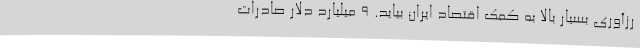
رزآوری بسیار بالا به کمک اقتصاد ایران بیاید. 9 میلیارد دلار صادرات